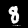
Digit: 8